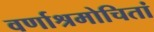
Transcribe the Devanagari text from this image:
वर्णाश्रमोचितां